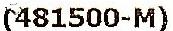
(481500-M)